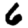
Digit: 6